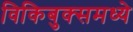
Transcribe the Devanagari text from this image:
विकिबुक्समध्ये